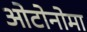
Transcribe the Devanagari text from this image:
ओटोनोमा